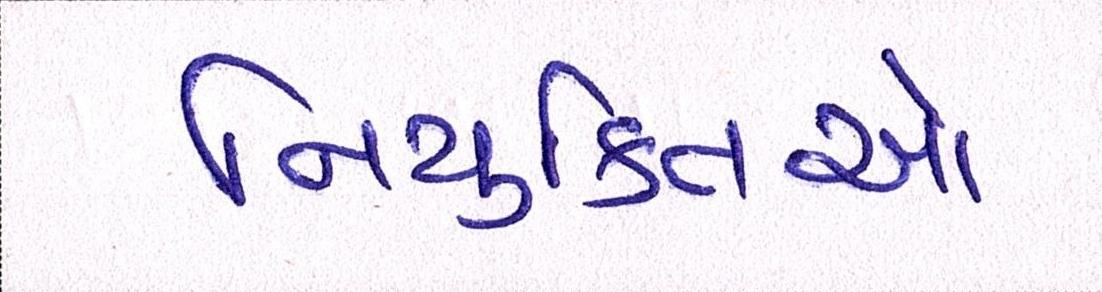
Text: નિયુક્તિઓ